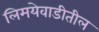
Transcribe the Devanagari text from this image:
लिमयेवाडीतील